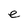
Character: e